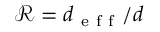
\mathcal { R } = d _ { \mathrm { ~ e ~ f ~ f ~ } } / { d }